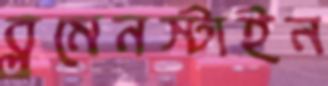
ব্লুমেনস্টাইন